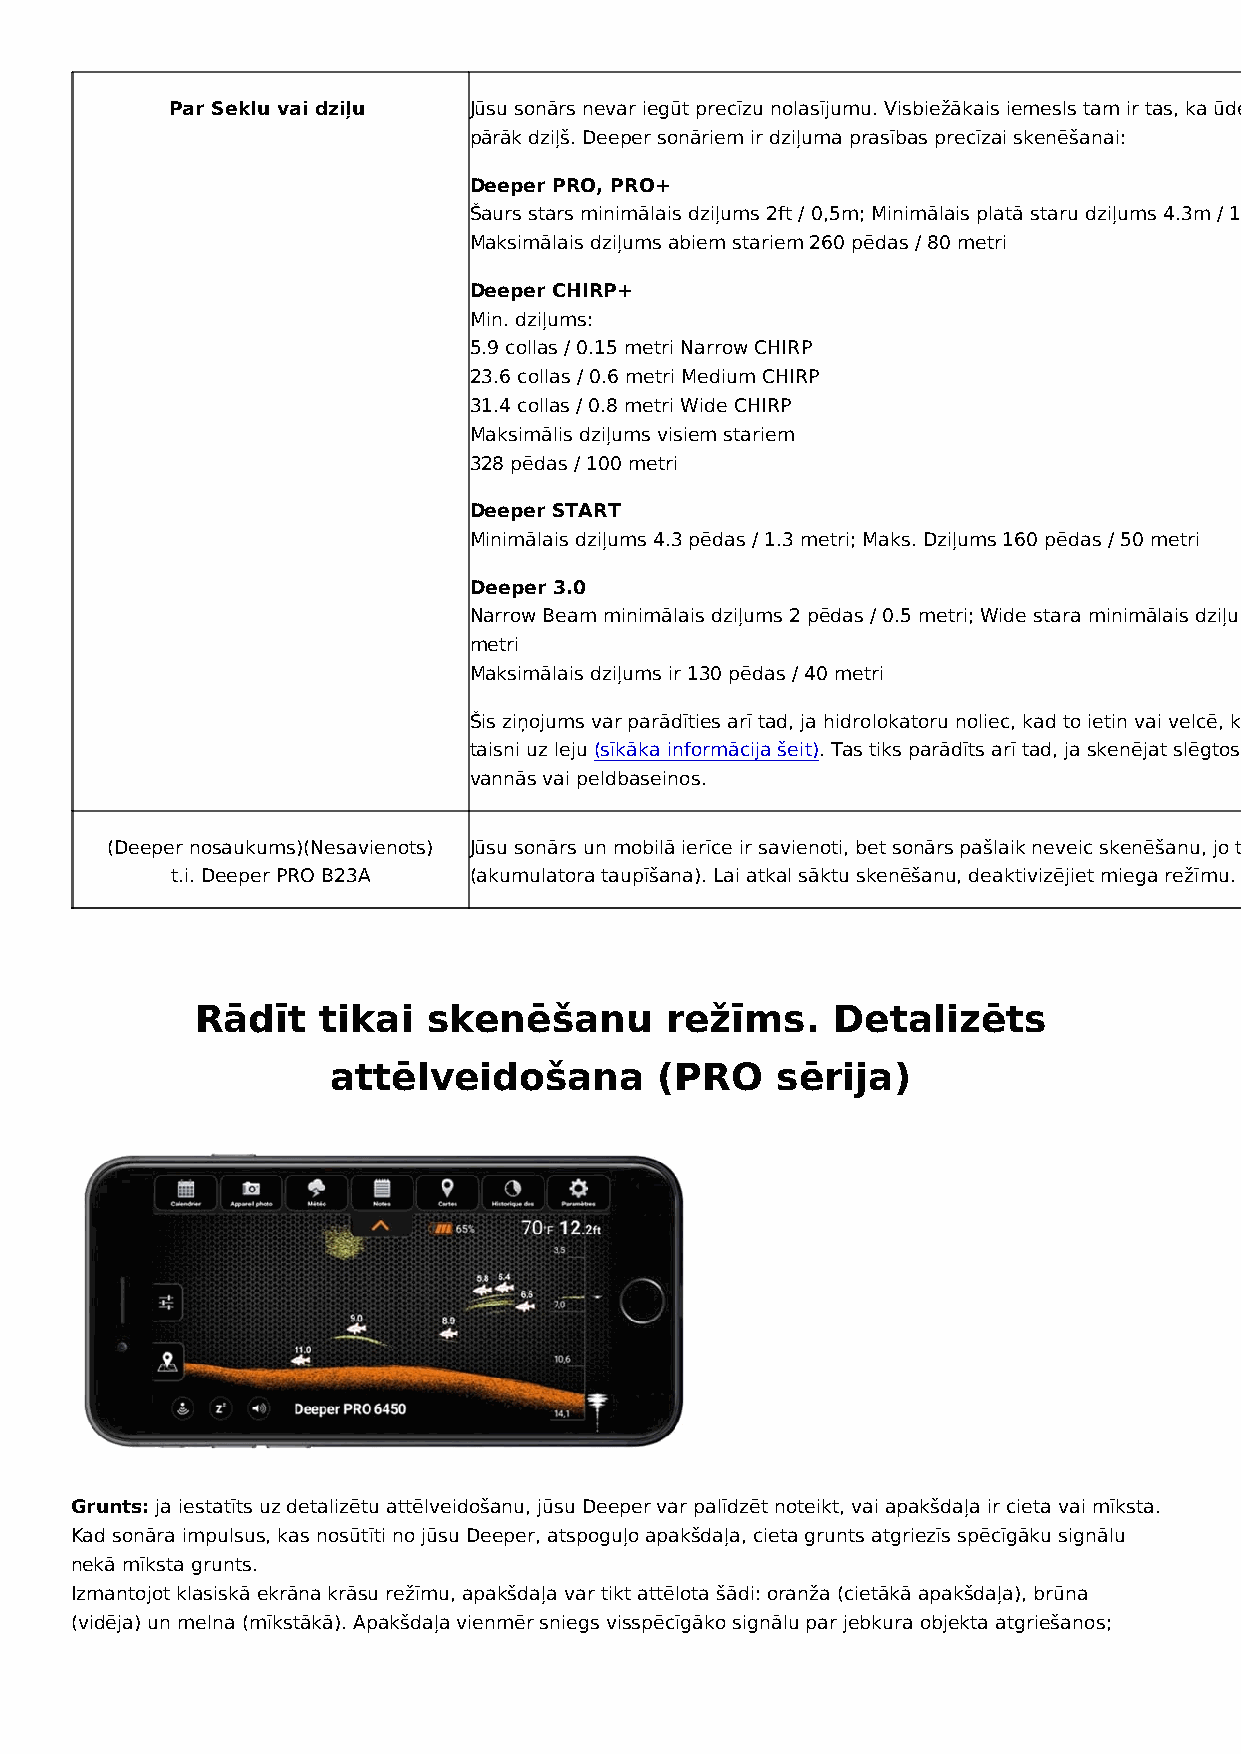
Par Seklu vai dziļu Jūsu sonārs nevar iegūt precīzu nolasījumu. Visbiežākais iemesls tam ir tas, ka ūdens ir pārāk sekls vai
 pārāk dziļš. Deeper sonāriem ir dziļuma prasības precīzai skenēšanai:
 Deeper PRO, PRO+
 Šaurs stars minimālais dziļums 2ft / 0,5m; Minimālais platā staru dziļums 4.3m / 1.3m
 Maksimālais dziļums abiem stariem 260 pēdas / 80 metri
 Deeper CHIRP+
 Min. dziļums:
 5.9 collas / 0.15 metri Narrow CHIRP
 23.6 collas / 0.6 metri Medium CHIRP
 31.4 collas / 0.8 metri Wide CHIRP
 Maksimālis dziļums visiem stariem
 328 pēdas / 100 metri
 Deeper START
 Minimālais dziļums 4.3 pēdas / 1.3 metri; Maks. Dziļums 160 pēdas / 50 metri
 Deeper 3.0
 Narrow Beam minimālais dziļums 2 pēdas / 0.5 metri; Wide stara minimālais dziļums ir 4.3 pēdas / 1.3
 metri
 Maksimālais dziļums ir 130 pēdas / 40 metri
 Šis ziņojums var parādīties arī tad, ja hidrolokatoru noliec, kad to ietin vai velcē, kā rezultātā tas neskenē
 taisni uz leju (sīkāka informācija šeit). Tas tiks parādīts arī tad, ja skenējat slēgtos ūdeņos, piemēram,
 vannās vai peldbaseinos.
 (Deeper nosaukums)(Nesavienots) Jūsu sonārs un mobilā ierīce ir savienoti, bet sonārs pašlaik neveic skenēšanu, jo tas ir miega režīmā
 t.i. Deeper PRO B23A (akumulatora taupīšana). Lai atkal sāktu skenēšanu, deaktivizējiet miega režīmu.
 Rādīt   tikai  skenēšanu       režīms.    Detalizēts
 attēlveidošana        (PRO   sērija)
 Grunts: ja iestatīts uz detalizētu attēlveidošanu, jūsu Deeper var palīdzēt noteikt, vai apakšdaļa ir cieta vai mīksta.
 Kad sonāra impulsus, kas nosūtīti no jūsu Deeper, atspoguļo apakšdaļa, cieta grunts atgriezīs spēcīgāku signālu
 nekā mīksta grunts.
 Izmantojot klasiskā ekrāna krāsu režīmu, apakšdaļa var tikt attēlota šādi: oranža (cietākā apakšdaļa), brūna
 (vidēja) un melna (mīkstākā). Apakšdaļa vienmēr sniegs visspēcīgāko signālu par jebkura objekta atgriešanos;